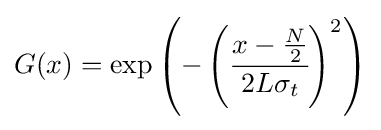
G(x)=\exp \left(-\left({\cfrac {x-{\frac {N}{2}}}{2L\sigma _{t}}}\right)^{2}\right)